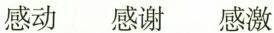
感动 感谢 感激